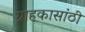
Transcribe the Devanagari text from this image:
ग्राहकासांठी